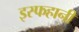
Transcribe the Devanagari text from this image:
इस्फहानी